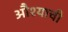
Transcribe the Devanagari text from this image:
औश्याची